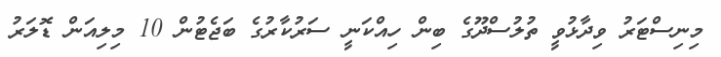
މިނިސްޓަރު ވިދާޅުވީ ތުލުސްދޫގެ ބިން ހިއްކަނީ ސަރުކާރުގެ ބަޖެޓުން 10 މިލިއަން ޑޮލަރު